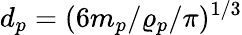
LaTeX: d_{p}=(6m_{p}/\varrho_{p}/\pi)^{1/3}